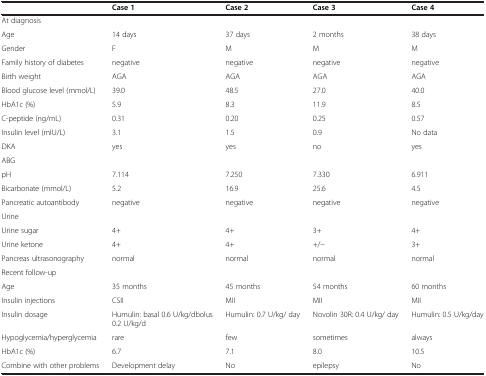
<table><thead><tr><td><b> </b></td><td><b>Case 1</b></td><td><b>Case 2</b></td><td><b>Case 3</b></td><td><b>Case 4</b></td></tr></thead><tbody><tr><td colspan="5">At diagnosis</td></tr><tr><td>Age</td><td>14 days</td><td>37 days</td><td>2 months</td><td>38 days</td></tr><tr><td>Gender</td><td>F</td><td>M</td><td>M</td><td>M</td></tr><tr><td>Family history of diabetes</td><td>negative</td><td>negative</td><td>negative</td><td>negative</td></tr><tr><td>Birth weight</td><td>AGA</td><td>AGA</td><td>AGA</td><td>AGA</td></tr><tr><td>Blood glucose level (mmol/L)</td><td>39.0</td><td>48.5</td><td>27.0</td><td>40.0</td></tr><tr><td>HbA1c (%)</td><td>5.9</td><td>8.3</td><td>11.9</td><td>8.5</td></tr><tr><td>C-peptide (ng/mL)</td><td>0.31</td><td>0.20</td><td>0.25</td><td>0.57</td></tr><tr><td>Insulin level (mIU/L)</td><td>3.1</td><td>1.5</td><td>0.9</td><td>No data</td></tr><tr><td>DKA</td><td>yes</td><td>yes</td><td>no</td><td>yes</td></tr><tr><td colspan="5">ABG</td></tr><tr><td>pH</td><td>7.114</td><td>7.250</td><td>7.330</td><td>6.911</td></tr><tr><td>Bicarbonate (mmol/L)</td><td>5.2</td><td>16.9</td><td>25.6</td><td>4.5</td></tr><tr><td>Pancreatic autoantibody</td><td>negative</td><td>negative</td><td>negative</td><td>negative</td></tr><tr><td colspan="5">Urine</td></tr><tr><td>Urine sugar</td><td>4+</td><td>4+</td><td>3+</td><td>4+</td></tr><tr><td>Urine ketone</td><td>4+</td><td>4+</td><td>+/-</td><td>3+</td></tr><tr><td>Pancreas ultrasonography</td><td>normal</td><td>normal</td><td>normal</td><td>normal</td></tr><tr><td colspan="5">Recent follow-up</td></tr><tr><td>Age</td><td>35 months</td><td>45 months</td><td>54 months</td><td>60 months</td></tr><tr><td>Insulin injections</td><td>CSII</td><td>MII</td><td>MII</td><td>MII</td></tr><tr><td>Insulin dosage</td><td>Humulin: basal 0.6 U/kg/dbolus 0.2 U/kg/d</td><td>Humulin: 0.7 U/kg/ day</td><td>Novolin 30R: 0.4 U/kg/ day</td><td>Humulin: 0.5 U/kg/day</td></tr><tr><td>Hypoglycemia/hyperglycemia</td><td>rare</td><td>few</td><td>sometimes</td><td>always</td></tr><tr><td>HbA1c (%)</td><td>6.7</td><td>7.1</td><td>8.0</td><td>10.5</td></tr><tr><td>Combine with other problems</td><td>Development delay</td><td>No</td><td>epilepsy</td><td>No</td></tr></tbody></table>